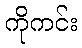
ကိုကင်း